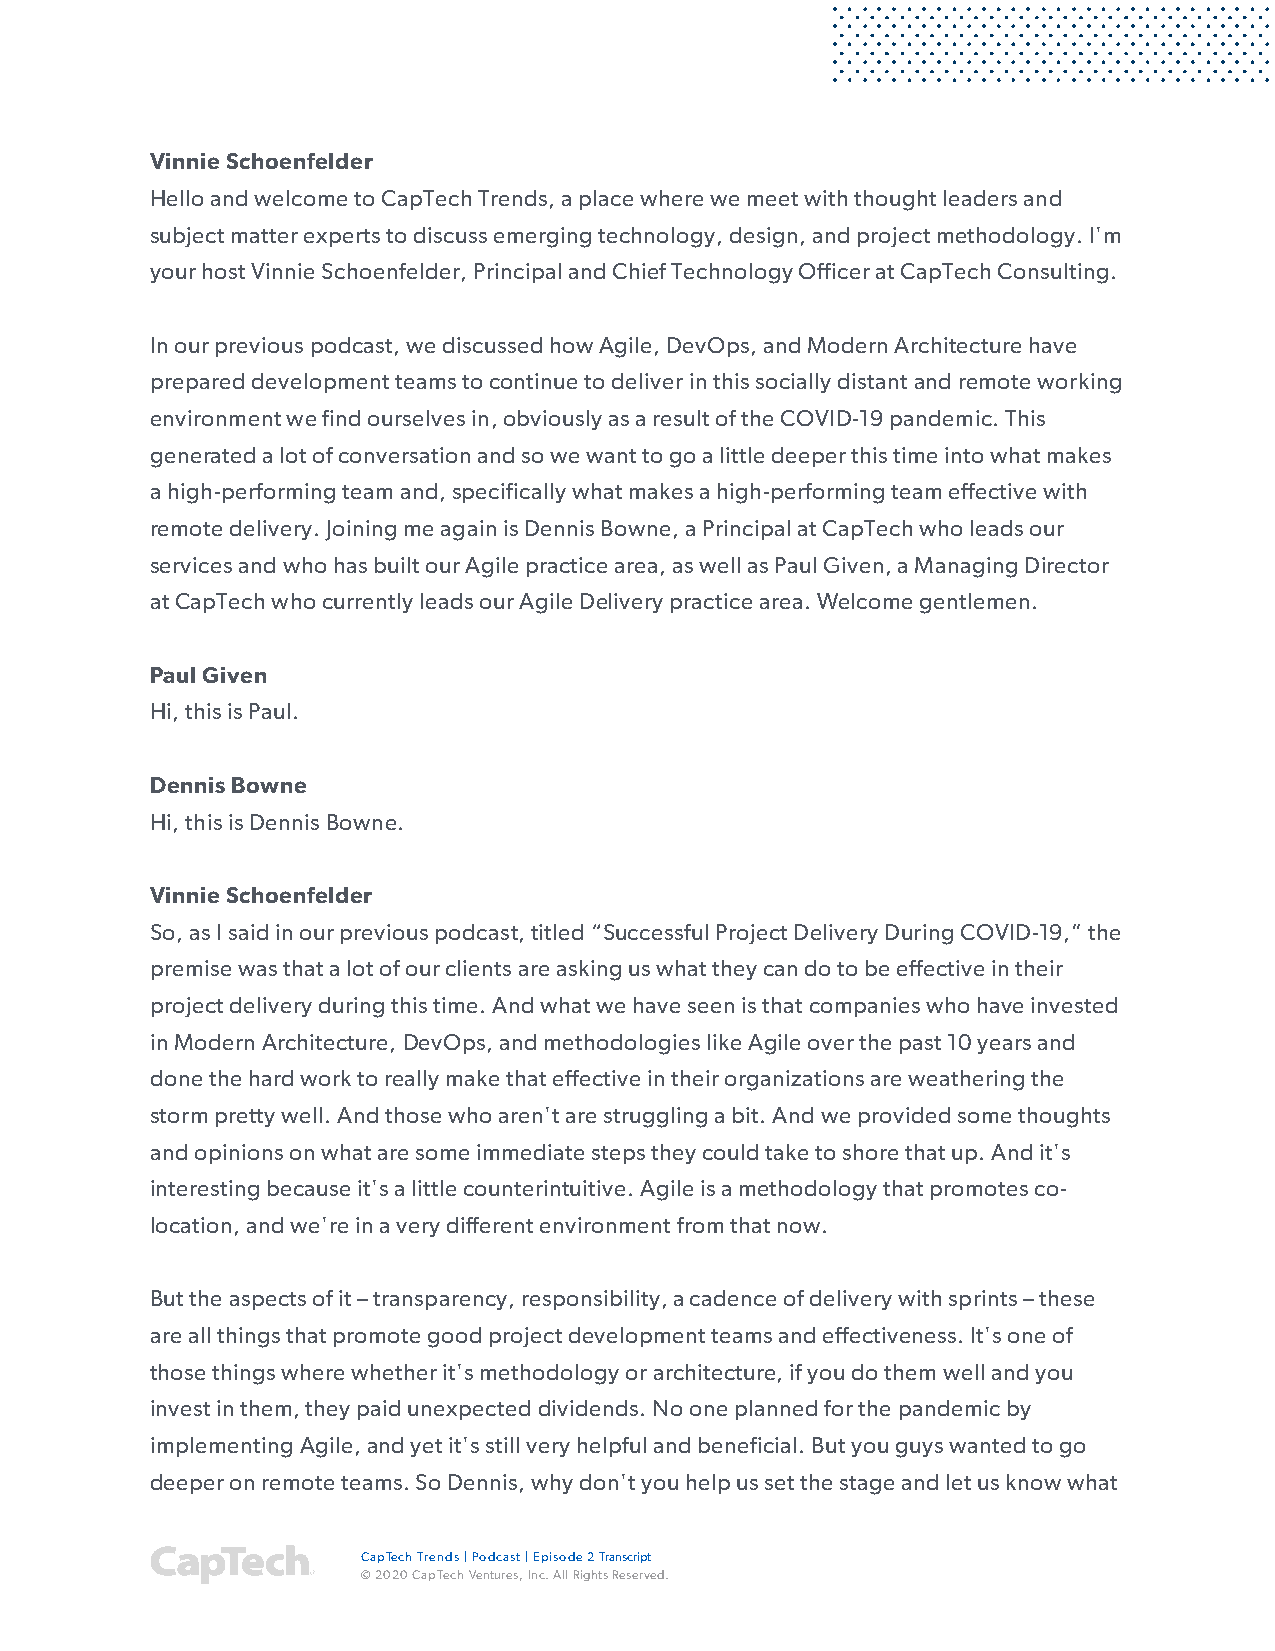
Vinnie Schoenfelder
 Hello and welcome to CapTech Trends, a place where we meet with thought leaders and
 subject matter experts to discuss emerging technology, design, and project methodology. I'm
 your host Vinnie Schoenfelder, Principal and Chief Technology Officer at CapTech Consulting.
 In our previous podcast, we discussed how Agile, DevOps, and Modern Architecture have
 prepared development teams to continue to deliver in this socially distant and remote working
 environment we find ourselves in, obviously as a result of the COVID-19 pandemic. This
 generated a lot of conversation and so we want to go a little deeper this time into what makes
 a high-performing team and, specifically what makes a high-performing team effective with
 remote delivery. Joining me again is Dennis Bowne, a Principal at CapTech who leads our
 services and who has built our Agile practice area, as well as Paul Given, a Managing Director
 at CapTech who currently leads our Agile Delivery practice area. Welcome gentlemen.
 Paul Given
 Hi, this is Paul.
 Dennis Bowne
 Hi, this is Dennis Bowne.
 Vinnie Schoenfelder
 So, as I said in our previous podcast, titled “Successful Project Delivery During COVID-19,” the
 premise was that a lot of our clients are asking us what they can do to be effective in their
 project delivery during this time. And what we have seen is that companies who have invested
 in Modern Architecture, DevOps, and methodologies like Agile over the past 10 years and
 done the hard work to really make that effective in their organizations are weathering the
 storm pretty well. And those who aren't are struggling a bit. And we provided some thoughts
 and opinions on what are some immediate steps they could take to shore that up. And it's
 interesting because it's a little counterintuitive. Agile is a methodology that promotes co-
 location, and we're in a very different environment from that now.
 But the aspects of it – transparency, responsibility, a cadence of delivery with sprints – these
 are all things that promote good project development teams and effectiveness. It's one of
 those things where whether it's methodology or architecture, if you do them well and you
 invest in them, they paid unexpected dividends. No one planned for the pandemic by
 implementing Agile, and yet it's still very helpful and beneficial. But you guys wanted to go
 deeper on remote teams. So Dennis, why don't you help us set the stage and let us know what
 CapTech Trends | Podcast | Episode 2 Transcript
 © 2020 CapTech Ventures, Inc. All Rights Reserved.